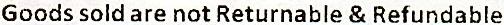
GOODS SOLD ARE NOT RETURNABLE & REFUNDABLE